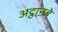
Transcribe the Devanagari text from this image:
अट्ठानबे